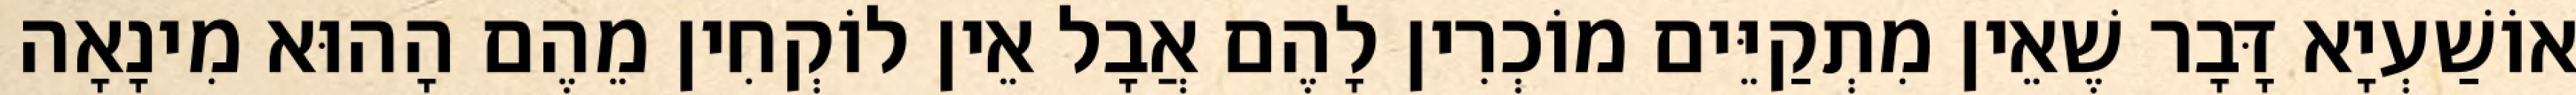
אוֹשַׁעְיָא דָּבָר שֶׁאֵין מִתְקַיֵּים מוֹכְרִין לָהֶם אֲבָל אֵין לוֹקְחִין מֵהֶם הָהוּא מִינָאָה